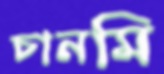
চানমি